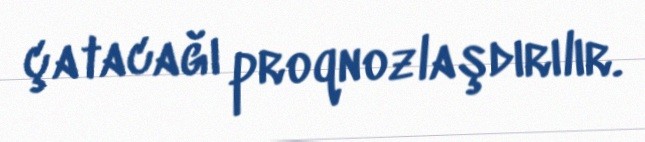
çatacağı proqnozlaşdırılır.